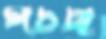
পচছ